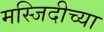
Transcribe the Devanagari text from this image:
मस्जिदीच्या